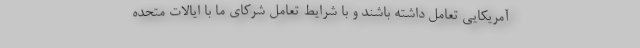
آمریکایی تعامل داشته باشند و با شرایط تعامل شرکای ما با ایالات متحده